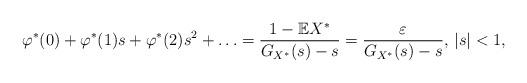
LaTeX: \begin{align*}\varphi^*(0)+\varphi^*(1)s+\varphi^*(2)s^2+\ldots=\frac{1-\mathbb{E}X^*}{G_{X^*}(s)-s}=\frac{\varepsilon}{G_{X^*}(s)-s},\,|s|<1,\end{align*}